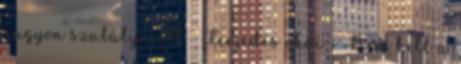
nagyon szabályozott ● Terjedés okai – Nem kell a